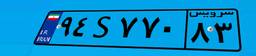
۷۵S۱۱۰۷۹